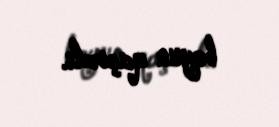
boyun qaçırdı.